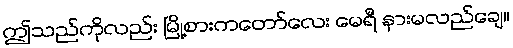
ဤသည်ကိုလည်း မြို့စားကတော်လေး မေရီ နားမလည်ချေ။